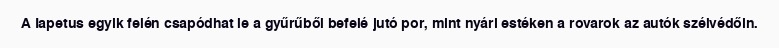
A Iapetus egyik felén csapódhat le a gyűrűből befelé jutó por, mint nyári estéken a rovarok az autók szélvédőin.